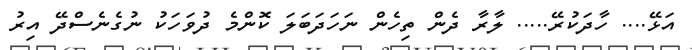
އަޅޭ.... ހާދަކުރޭ..... ލާރާ ދެން ތިހެން ނަހަދަބަލަ ކޮންމެ ދުވަހަކު ނުގެނެސްދޭ އިރު